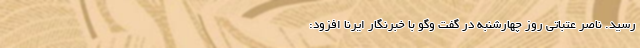
رسید. ناصر عتباتی روز چهارشنبه در گفت وگو با خبرنگار ایرنا افزود: